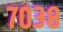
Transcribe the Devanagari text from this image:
७०३८